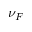
\nu _ { F }